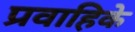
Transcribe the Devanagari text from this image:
प्रवाहिके